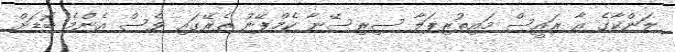
ލަންކާގެ އާ ރައީސް މައިތުރިޕަލާ ސިރިސޭނާ ކެމްޕޭނު ތެރޭގައި ވެސް އެންމެ ބޮޑަށް